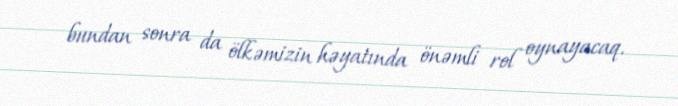
bundan sonra da ölkəmizin həyatında önəmli rol oynayacaq.